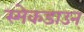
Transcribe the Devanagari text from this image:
स्मेकडाउन्